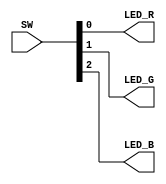
// This program was cloned from: https://github.com/damdoy/ice40_ultraplus_examples
// License: Mozilla Public License 2.0

//light up the leds depending on each switch (careful, leds are active low, but so are the switches)

module switch(input [3:0] SW, output LED_R, output LED_G, output LED_B);
      
  assign LED_R = SW[0];
  assign LED_G = SW[1];
  assign LED_B = SW[2];

endmodule